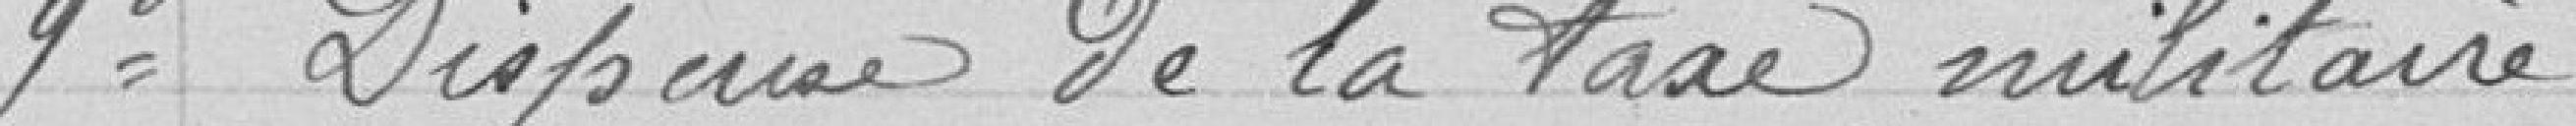
9° Dispense de la taxe militaire